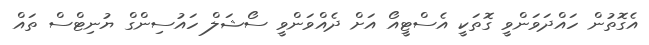
އެގޮތުން ހައްދަވަންވީ ގޮތަކީ އެސްޓީއޯ އަށް ދެއްވަންވީ ސޯޝަލް ހައުސިންގް ޔުނިޓްސް ތައް